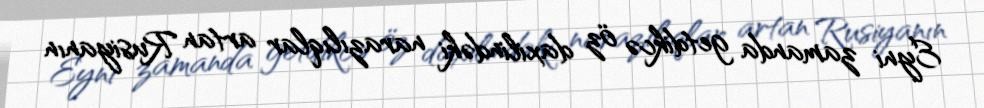
Eyni zamanda getdikcə öz daxilindəki narazılıqlar artan Rusiyanın